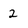
Character: 2